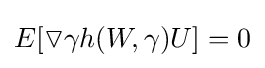
E[\triangledown \gamma h(W,\gamma )U]=0